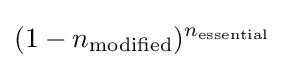
(1-n_{\mathrm {modified} })^{n_{\mathrm {essential} }}